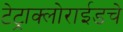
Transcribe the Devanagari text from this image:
टेट्राक्लोराईडचे